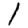
Digit: 1